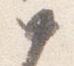
如